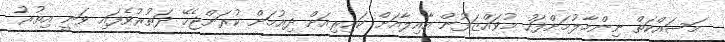
މަސައްކަތް ނިންމާލުމަށްފަހު މުވައްޒަފުން އާއިލާއަށް ކައިރިއަށް ދިއުމަށް ކުރަންޖެހޭ ދަތުރުވެފައި ވަނީ އިތުރު